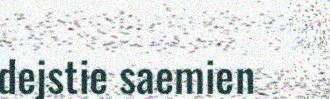
dejstie saemien